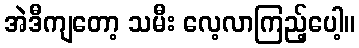
အဲဒီကျတော့ သမီး လေ့လာကြည့်ပေါ့။